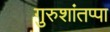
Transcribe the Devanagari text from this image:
गुरुशांतप्पा